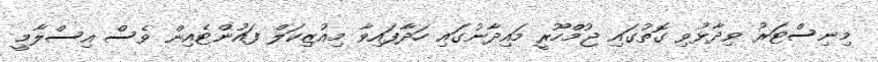
މިނިސްޓަރު ވިދާޅުވި ގޮތުގައި ޖުމްހޫރީ މައިދާނުގައި ހަދާފައިވާ މިއުޒިކަލް ފައުންޓެއިން ވެސް އިސްލާމީ